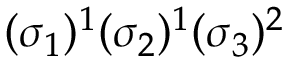
( \sigma _ { 1 } ) ^ { 1 } ( \sigma _ { 2 } ) ^ { 1 } ( \sigma _ { 3 } ) ^ { 2 }